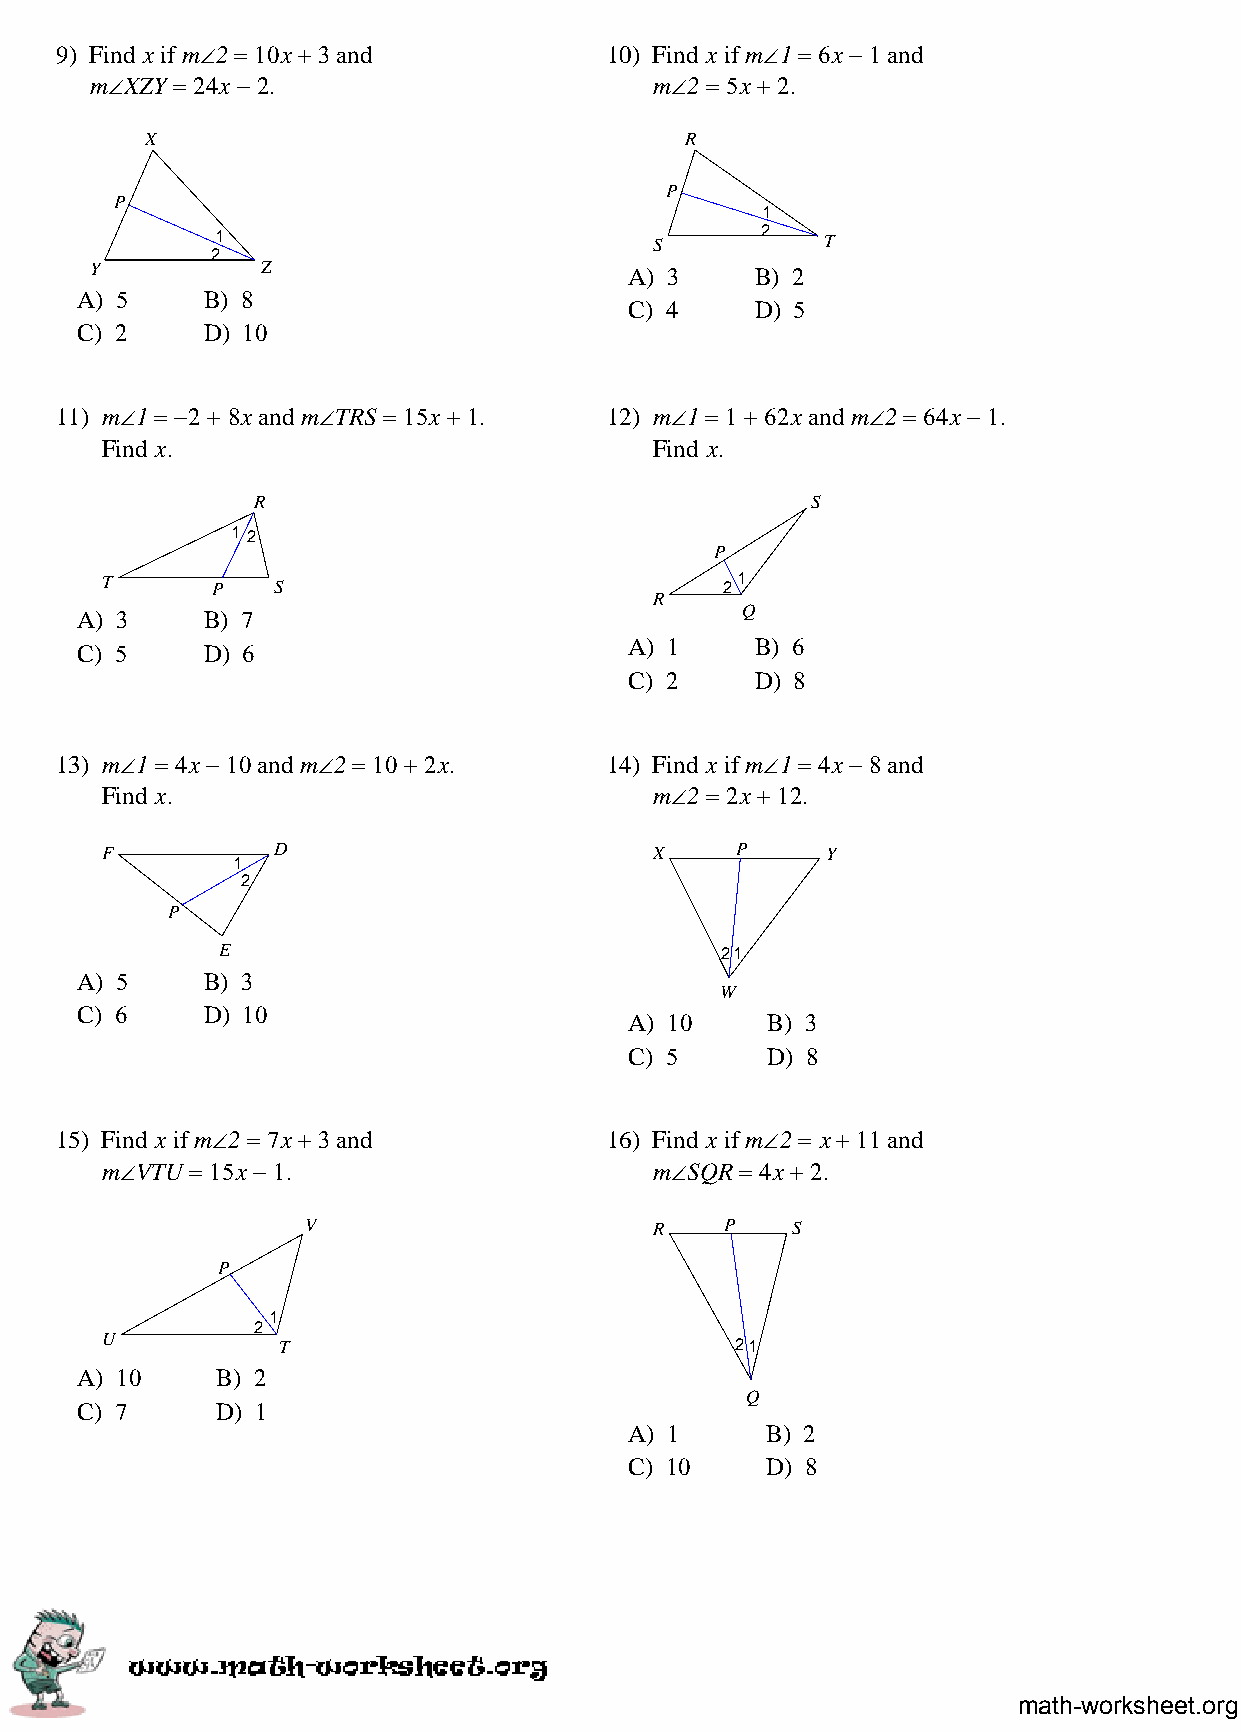
9) Find x if m∠2 = 10x + 3 and      10) Find x if m∠1 = 6x − 1 and
 m∠XZY = 24x − 2.                     m∠2 = 5x + 2.
 X                                  R
 P
 P
 1
 2
 1                            S          T
 2
 Y          Z                        A) 3    B) 2
 A) 5    B) 8
 C) 4    D) 5
 C) 2    D) 10
 11) m∠1 = −2 + 8x and m∠TRS = 15x + 1. 12) m∠1 = 1 + 62x and m∠2 = 64x − 1.
 Find x.                             Find x.
 R                                    S
 1 2
 P
 T      P   S                             21
 R
 A) 3    B) 7                                Q
 C) 5    D) 6                         A) 1    B) 6
 C) 2    D) 8
 13) m∠1 = 4x − 10 and m∠2 = 10 + 2x. 14) Find x if m∠1 = 4x − 8 and
 Find x.                             m∠2 = 2x + 12.
 F          D                        X     P     Y
 1
 2
 P
 E                                 21
 A) 5    B) 3
 W
 C) 6    D) 10
 A) 10    B) 3
 C) 5     D) 8
 15) Find x if m∠2 = 7x + 3 and      16) Find x if m∠2 = x + 11 and
 m∠VTU = 15x − 1.                    m∠SQR = 4x + 2.
 V                      R    P   S
 P
 1
 2
 U
 T                              21
 A) 10    B) 2
 Q
 C) 7     D) 1
 A) 1     B) 2
 C) 10    D) 8
 math-worksheet.org